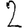
Digit: 2